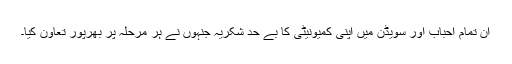
ان تمام احباب اور سویڈن میں اپنی کمیونیٹی کا بے حد شکریہ جنہوں نے ہر مرحلہ پر بھرپور تعاون کیا۔